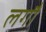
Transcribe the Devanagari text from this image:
लगौं